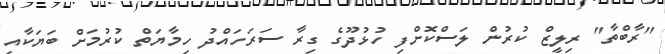
"ރާބްތާ" ރިލީޒް ކުރުން ލަސްކޮށްފި ހުޅުދޫގެ ގިރާ ސަރަހައްދު ހިމާޔަތް ކުރުމަށް ބަޔަކާއި